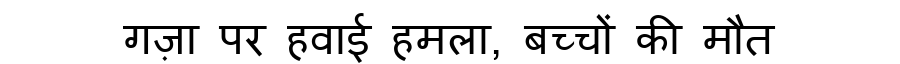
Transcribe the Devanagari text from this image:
गज़ा पर हवाई हमला, बच्चों की मौत